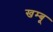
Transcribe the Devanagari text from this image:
खम्बू